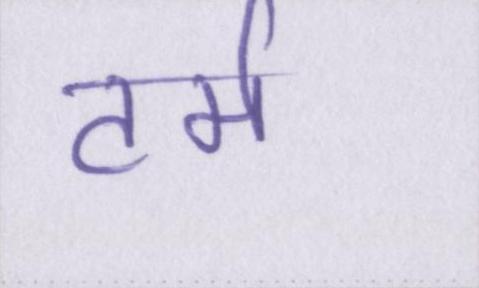
टर्म